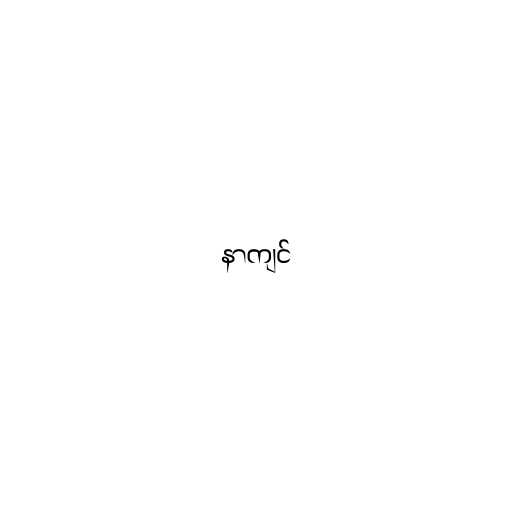
နာကျင်